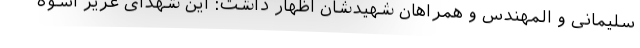
سلیمانی و المهندس و همراهان شهیدشان اظهار داشت: این شهدای عزیز اسوه